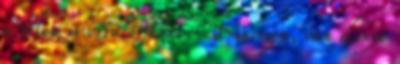
a télen is viruló fákat. Na igen, van előnye